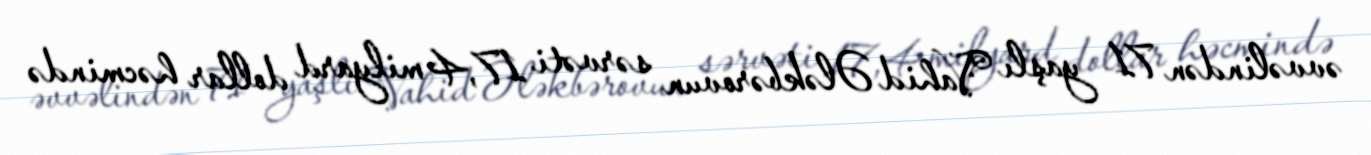
əvvəlindən 71 yaşlı Vahid Ələkbərovun sərvəti 17,4 milyard dollar həcmində